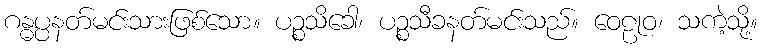
ဂန္ဓပ္ပနတ်မင်းသားဖြစ်သော။ ပဉ္စသိခေါ၊ ပဉ္စသီခနတ်မင်းသည်။ ဝေဠုဝ၊ သကဲ့သို့။